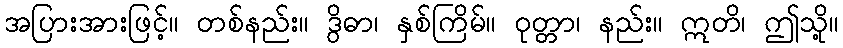
အပြားအားဖြင့်။ တစ်နည်း။ ဒွိဓာ၊ နှစ်ကြိမ်။ ဝုတ္တာ၊ နည်း။ ဣတိ၊ ဤသို့။